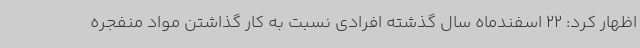
اظهار کرد: 22 اسفندماه سال گذشته افرادی نسبت به کار گذاشتن مواد منفجره